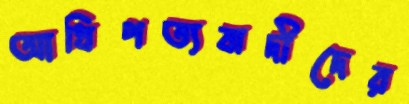
আধিপত্যবাদীদের